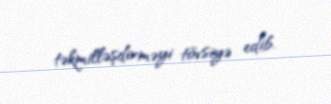
təkmilləşdirməyi tövsiyə edib.